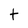
Character: t